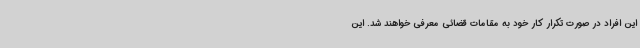
این افراد در صورت تکرار کار خود به مقامات قضائی معرفی خواهند شد. این